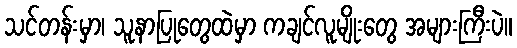
သင်တန်းမှာ၊ သူနာပြုတွေထဲမှာ ကချင်လူမျိုးတွေ အများကြီးပဲ။